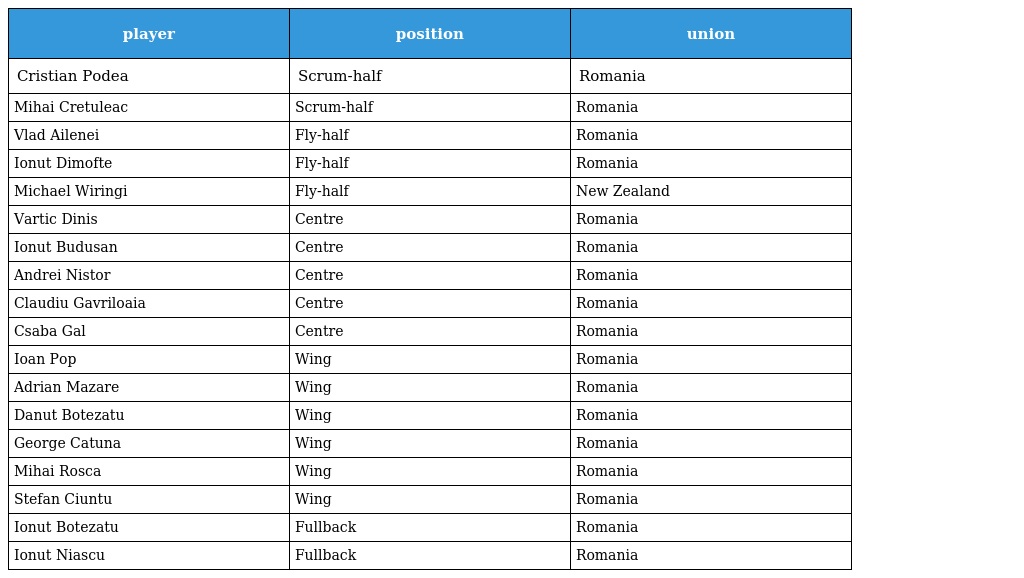
| player | position | union |
 | --- | --- | --- |
 | Cristian Podea | Scrum-half | Romania |
 | Mihai Cretuleac | Scrum-half | Romania |
 | Vlad Ailenei | Fly-half | Romania |
 | Ionut Dimofte | Fly-half | Romania |
 | Michael Wiringi | Fly-half | New Zealand |
 | Vartic Dinis | Centre | Romania |
 | Ionut Budusan | Centre | Romania |
 | Andrei Nistor | Centre | Romania |
 | Claudiu Gavriloaia | Centre | Romania |
 | Csaba Gal | Centre | Romania |
 | Ioan Pop | Wing | Romania |
 | Adrian Mazare | Wing | Romania |
 | Danut Botezatu | Wing | Romania |
 | George Catuna | Wing | Romania |
 | Mihai Rosca | Wing | Romania |
 | Stefan Ciuntu | Wing | Romania |
 | Ionut Botezatu | Fullback | Romania |
 | Ionut Niascu | Fullback | Romania |